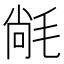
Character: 𭯝